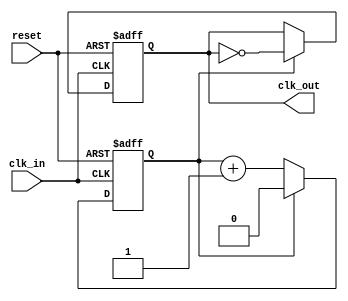
module clock_divider #(
    parameter N = 2  // Division factor, should be >= 2
) (
    input wire clk_in,   // Input clock
    input wire reset,    // Asynchronous reset
    output reg clk_out   // Output divided clock
);

    // Internal counter
    reg [$clog2(N)-1:0] counter;  // Counter size based on division factor N

    // Always block for clock division logic
    always @(posedge clk_in or posedge reset) begin
        if (reset) begin
            // Reset behavior
            counter <= 0;
            clk_out <= 0;
        end else begin
            // Increment counter
            if (counter == (N-1)) begin
                // Toggle output clock when counter reaches (N-1)
                clk_out <= ~clk_out;
                counter <= 0;  // Reset counter
            end else begin
                counter <= counter + 1;  // Increment counter
            end
        end
    end

endmodule